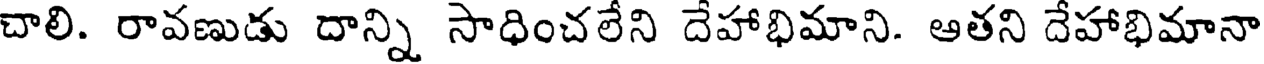
చాలి. రావణుడు దాన్ని సాధించలేని దేహాభిమాని. ఆతని దేహాభిమానా